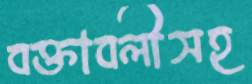
বক্তাবলীসহ